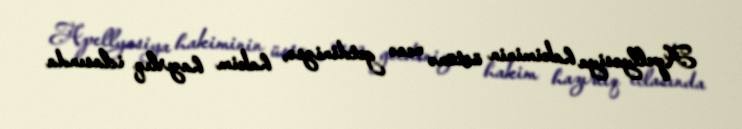
Apellyasiya hakiminin üstünə necə getdinizsə, hakim hazırlıq iclasında